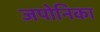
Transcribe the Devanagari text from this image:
जपोनिका